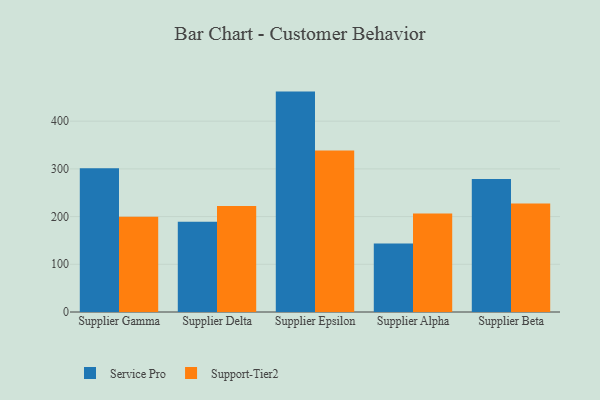
{"axis": {"x": "Supplier", "y": "Headcount"}, "legend": ["Service Pro", "Support-Tier2"], "data": [{"x": "Supplier Gamma", "y": 301.2, "type": "Service Pro"}, {"x": "Supplier Gamma", "y": 199.8, "type": "Support-Tier2"}, {"x": "Supplier Delta", "y": 189.3, "type": "Service Pro"}, {"x": "Supplier Delta", "y": 222.0, "type": "Support-Tier2"}, {"x": "Supplier Epsilon", "y": 462.0, "type": "Service Pro"}, {"x": "Supplier Epsilon", "y": 338.6, "type": "Support-Tier2"}, {"x": "Supplier Alpha", "y": 143.7, "type": "Service Pro"}, {"x": "Supplier Alpha", "y": 206.6, "type": "Support-Tier2"}, {"x": "Supplier Beta", "y": 278.9, "type": "Service Pro"}, {"x": "Supplier Beta", "y": 227.4, "type": "Support-Tier2"}]}